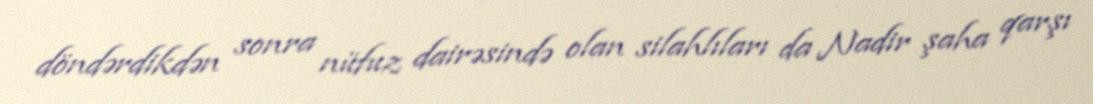
döndərdikdən sonra nüfuz dairəsində olan silahlıları da Nadir şaha qarşı